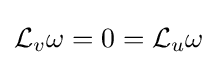
{\mathcal {L}}_{v}\omega =0={\mathcal {L}}_{u}\omega